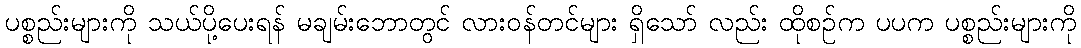
ပစ္စည်းများကို သယ်ပို့ပေးရန် မချမ်းဘောတွင် လားဝန်တင်များ ရှိသော် လည်း ထိုစဉ်က ပပက ပစ္စည်းများကို